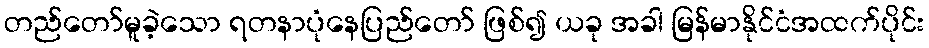
တည်တော်မူခဲ့သော ရတနာပုံနေပြည်တော် ဖြစ်၍ ယခု အခါ မြန်မာနိုင်ငံအထက်ပိုင်း